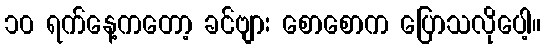
၁၀ ရက်နေ့ကတော့ ခင်ဗျား စောစောက ပြောသလိုပေါ့။